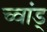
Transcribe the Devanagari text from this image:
च्वांड्